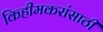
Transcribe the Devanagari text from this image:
किहीमकरांसाठी